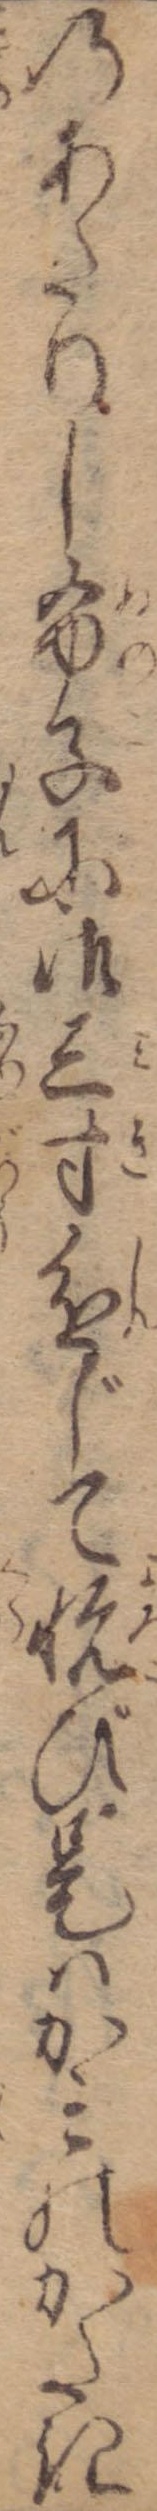
のあたりし布子に御三寸進じて悦び是はかみのかたき